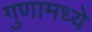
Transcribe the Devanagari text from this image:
गुणामध्ये